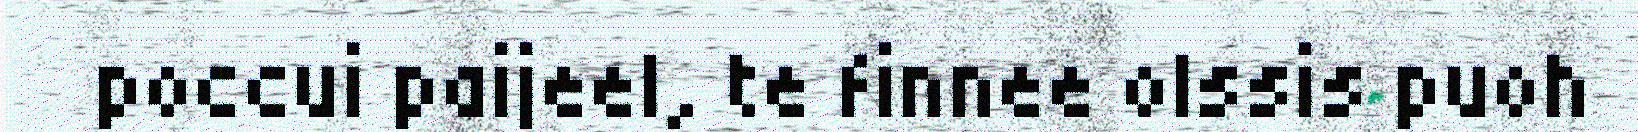
poccui paijeel, te finnee olssis puoh